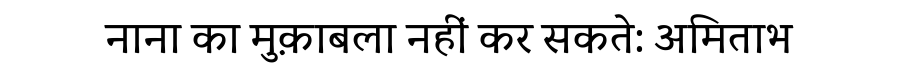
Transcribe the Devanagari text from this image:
नाना का मुक़ाबला नहीं कर सकते: अमिताभ